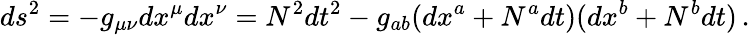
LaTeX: ds^{2}=-g_{\mu\nu}dx^{\mu}dx^{\nu}=N^{2}dt^{2}-g_{ab}(dx^{a}+N^{a}dt)(dx^{b}+N^{b}dt)\, .